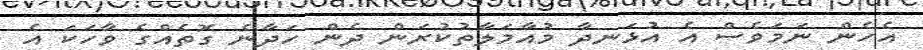
އެހެން ނަމަވެސް އެ އުޅަނދާ މުއާމަލާތުކުރަން ދެން ހަދާނެ ގޮތެއްގެ ވާހަކަ އެ